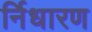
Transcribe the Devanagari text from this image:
र्निधारण